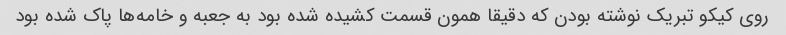
روی کیکو تبریک نوشته بودن که دقیقا همون قسمت کشیده شده بود به جعبه و خامه‌ها پاک شده بود